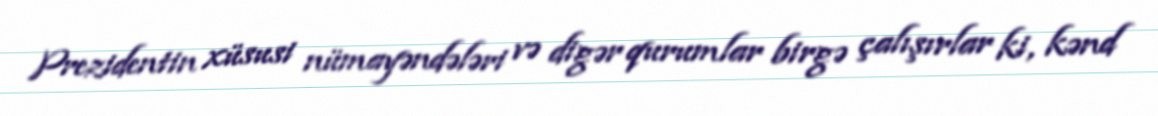
Prezidentin xüsusi nümayəndələri və digər qurumlar birgə çalışırlar ki, kənd